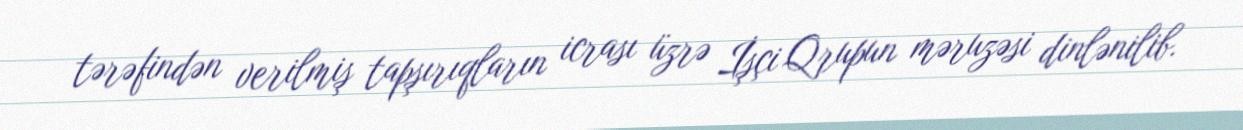
tərəfindən verilmiş tapşırıqların icrası üzrə İşçi Qrupun məruzəsi dinlənilib.